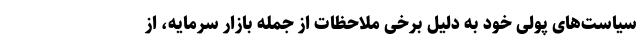
سیاست‌های پولی خود به دلیل برخی ملاحظات از جمله بازار سرمایه، از